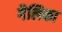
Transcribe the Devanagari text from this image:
गैलिका